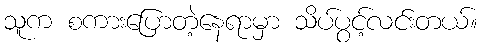
သူက စကားပြောတဲ့နေရာမှာ သိပ်ပွင့်လင်းတယ်။